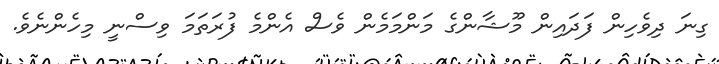
ގިނަ ދިވެހިން ފަދައިން މޫޝާންގެ މަންމަމެން ވެސް އެންމެ ފުރަތަމަ ވިސްނީ މިހެންނެވެ.